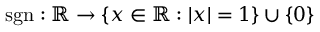
\operatorname { s g n } : \mathbb { R } \to \{ x \in \mathbb { R } : | x | = 1 \} \cup \{ 0 \}